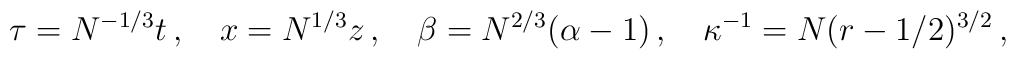
\tau = N^{-1/3} t\, ,\quad x = N^{1/3} z\, ,\quad \beta = N^{2/3} (\alpha -1)\, ,\quad \kappa^{-1} = N (r-1/2)^{3/2}\, ,